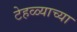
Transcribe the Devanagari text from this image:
टेहळ्याच्या